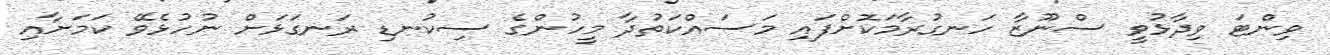
ވިންޓަ ވިދާޅުވީ ސްނޫޒާ ހަނގުރާމަކޮށްފައި މަސައްކަތުދާ މީހުންގެ ސިކުނޑި ރަނގަޅަށް ނުހުޅެވޭ ކަމަށާއި